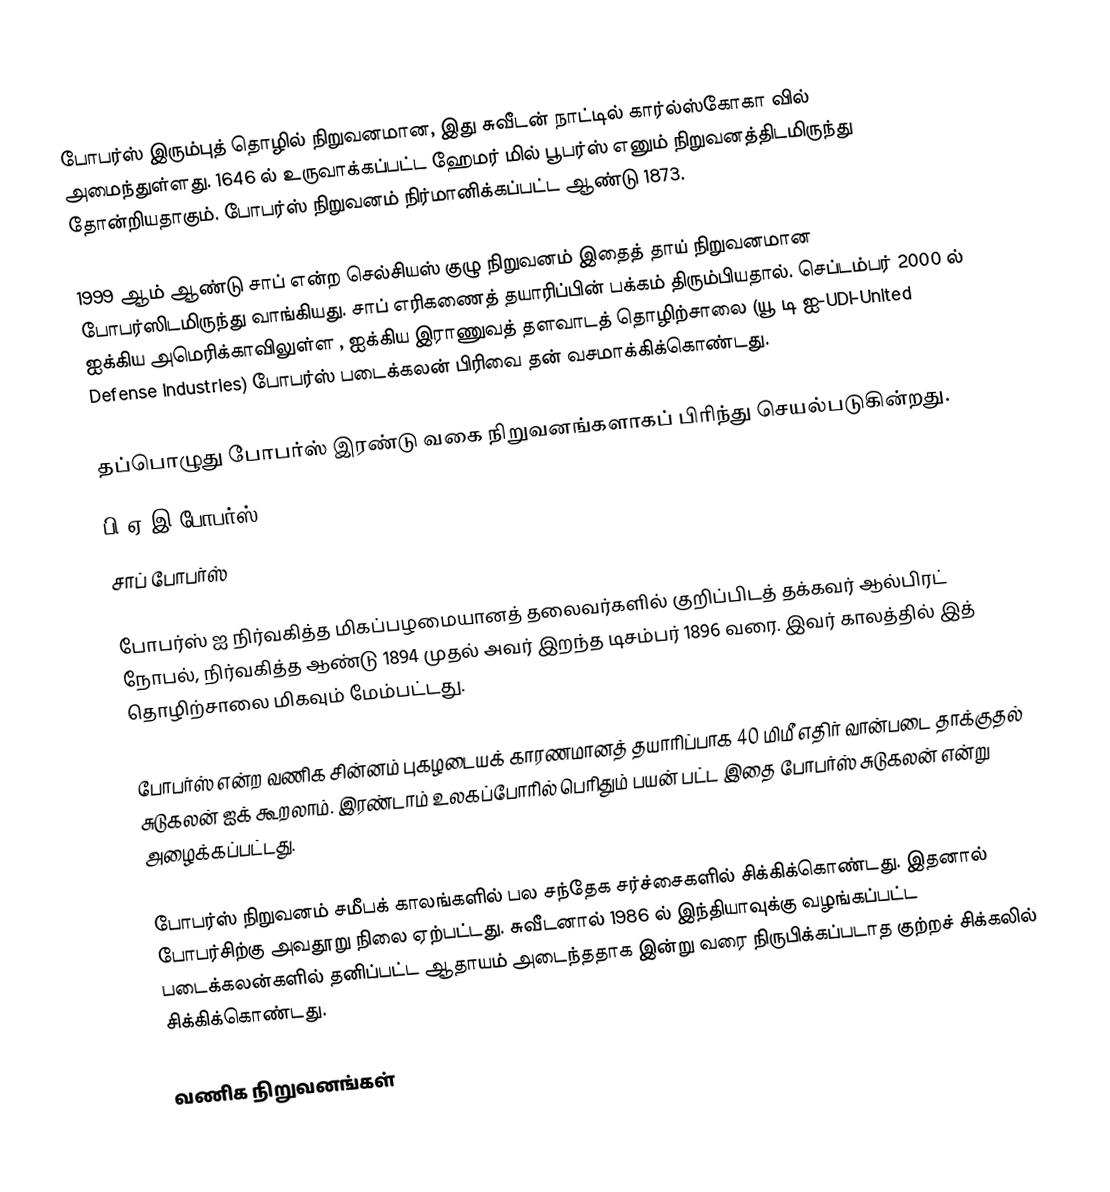
போபர்ஸ் இரும்புத் தொழில் நிறுவனமான, இது சுவீடன் நாட்டில் கார்ல்ஸ்கோகா வில் அமைந்துள்ளது. 1646 ல் உருவாக்கப்பட்ட ஹேமர் மில் பூபர்ஸ் எனும் நிறுவனத்திடமிருந்து தோன்றியதாகும். போபர்ஸ் நிறுவனம் நிர்மானிக்கப்பட்ட ஆண்டு 1873.

1999 ஆம் ஆண்டு சாப் என்ற  செல்சியஸ் குழு நிறுவனம் இதைத் தாய் நிறுவனமான போபர்ஸிடமிருந்து வாங்கியது. சாப் எரிகணைத் தயாரிப்பின் பக்கம் திரும்பியதால். செப்டம்பர்  2000  ல் ஐக்கிய அமெரிக்காவிலுள்ள ,  ஐக்கிய இராணுவத் தளவாடத் தொழிற்சாலை (யூ டி ஐ-UDI-United Defense Industries) போபர்ஸ் படைக்கலன் பிரிவை தன் வசமாக்கிக்கொண்டது.

தப்பொழுது போபர்ஸ் இரண்டு வகை நிறுவனங்களாகப் பிரிந்து செயல்படுகின்றது.
பி ஏ இ போபர்ஸ்
சாப் போபர்ஸ்

போபர்ஸ் ஐ நிர்வகித்த மிகப்பழமையானத் தலைவர்களில் குறிப்பிடத் தக்கவர் ஆல்பிரட் நோபல், நிர்வகித்த ஆண்டு 1894 முதல் அவர் இறந்த டிசம்பர் 1896 வரை. இவர் காலத்தில் இத் தொழிற்சாலை மிகவும் மேம்பட்டது.

போபர்ஸ் என்ற வணிக சின்னம் புகழடையக் காரணமானத் தயாரிப்பாக 40 மிமீ எதிர் வான்படை தாக்குதல் சுடுகலன்  ஐக் கூறலாம். இரண்டாம் உலகப்போரில் பெரிதும் பயன் பட்ட இதை போபர்ஸ் சுடுகலன் என்று அழைக்கப்பட்டது.

போபர்ஸ் நிறுவனம் சமீபக் காலங்களில் பல சந்தேக சர்ச்சைகளில் சிக்கிக்கொண்டது. இதனால் போபர்சிற்கு அவதூறு நிலை  ஏற்பட்டது. சுவீடனால் 1986 ல் இந்தியாவுக்கு வழங்கப்பட்ட படைக்கலன்களில் தனிப்பட்ட ஆதாயம் அடைந்ததாக இன்று வரை நிருபிக்கப்படாத குற்றச் சிக்கலில் சிக்கிக்கொண்டது.

வணிக நிறுவனங்கள்